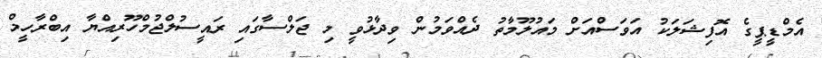
އެމްޑީޕީގެ އޮފިޝަލަކު އަވަސްއަށް މައުލޫމާތު ދެެއްވަމުން ވިދާޅުވީ މި ޖަލްސާގައި ރައީސުލްޖުމްހޫރިއްޔާ އިބްރާހީމް